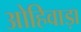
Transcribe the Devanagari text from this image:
ओहिवाड़ा